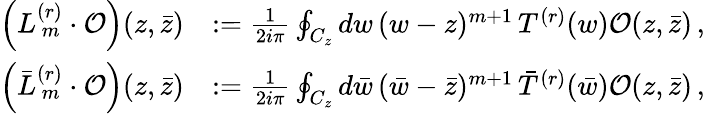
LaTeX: \begin{array}{rl}{\left(L_{\, m}^{(r)}\cdot\mathcal{O}\right)(z,\bar{z})}&{:=\frac{1}{2i\pi}\oint_{C_{z}}dw\, (w-z)^{m+1}\, T^{(r)}(w)\mathcal{O}(z,\bar{z})\, ,}\\ {\left(\bar{L}_{\, m}^{(r)}\cdot\mathcal{O}\right)(z,\bar{z})}&{:=\frac{1}{2i\pi}\oint_{C_{z}}d\bar{w}\, (\bar{w}-\bar{z})^{m+1}\, \bar{T}^{(r)}(\bar{w})\mathcal{O}(z,\bar{z})\, ,}\end{array}